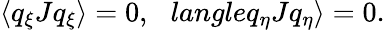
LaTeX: \langle q_{\xi}Jq_{\xi}\rangle=0,\ \ \, langleq_{\eta}Jq_{\eta}\rangle=0.